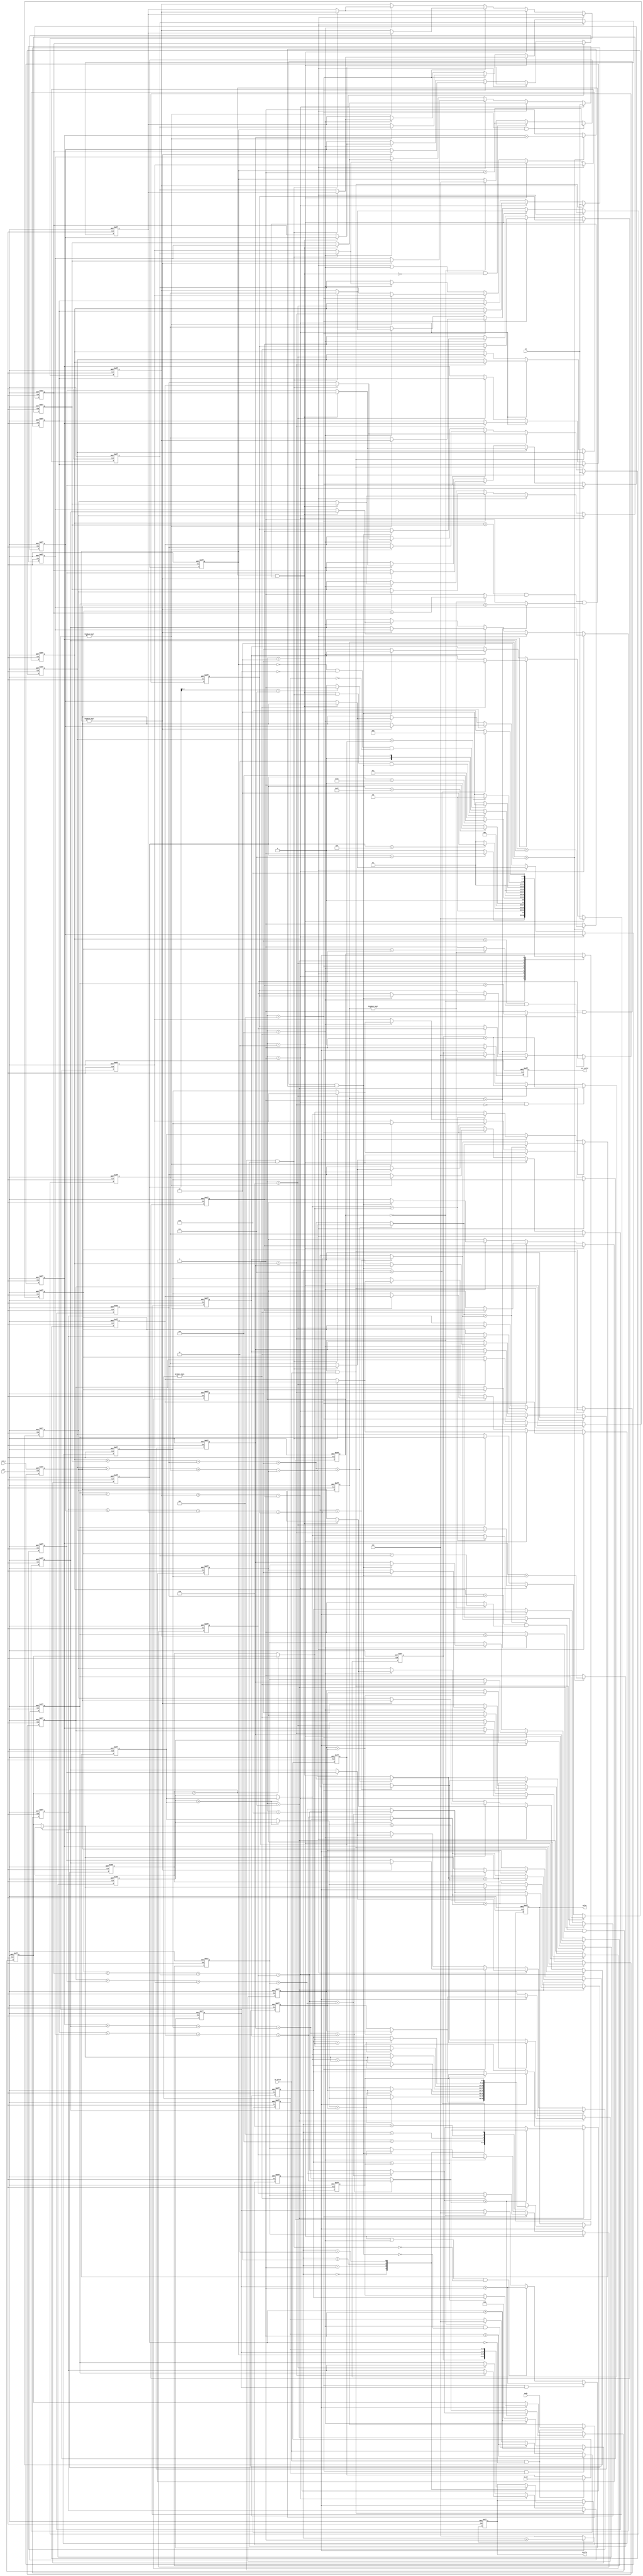
module LOCK(
	clk,
	rst_n,
	//input
	in_valid,
	mode,	
	in,	
	in_p1,	
	//output
	out_valid,
	circle,
	value
);
//---------------------------------------------------------------------
//   PORT DECLARATION
//---------------------------------------------------------------------
input clk;
input rst_n;

input in_valid;
input[1:0] mode;
input[4:0] in;
input[4:0] in_p1;

output reg out_valid;
output reg[2:0]circle;
output reg[6:0]value;

//---------------------------------------------------------------------
//   PARAMETER DECLARATION
//---------------------------------------------------------------------
parameter INPUT_A    = 4'd0;
parameter INPUT_B    = 4'd1;
parameter INPUT_C    = 4'd2;
parameter INPUT_D    = 4'd3;
parameter ROTATE_BCD = 4'd4;
parameter RESTART    = 4'd5;
parameter ROTATE_A   = 4'd6;
parameter SORTING    = 4'd7;
parameter OUTPUT     = 4'd8;

//---------------------------------------------------------------------
//   LOGIC DECLARATION
//---------------------------------------------------------------------
reg [3:0] current_state, next_state;

// counter
reg [4:0] cnt;
reg [2:0] cnt_output;

// store input
reg [1:0] mode_save;
reg [4:0] p1_save;

// circle condition
wire cdn_a, cdn_b, cdn_c, cdn_d;

// circle value
reg [4:0] a0, a1, a2, a3, a4, a5, a6, a7;
reg [4:0] b0, b1, b2, b3, b4, b5, b6, b7;
reg [4:0] c0, c1, c2, c3, c4, c5, c6, c7;
reg [4:0] d0, d1, d2, d3, d4, d5, d6, d7;

// num of turns
reg [2:0] circle_a, circle_b, circle_c, circle_d;

// summation
wire [6:0] value0, value1, value2, value3, value4, value5, value6, value7;

// sorting
wire [6:0] s0_0, s0_1, s0_2, s0_3, s0_4, s0_5, s0_6, s0_7;
wire [6:0] s1_0, s1_1, s1_2, s1_3, s1_4, s1_5, s1_6, s1_7;

wire [6:0] s2_0, s2_1, s2_2, s2_3, s2_4, s2_5, s2_6, s2_7;
wire [6:0] s3_0, s3_1, s3_2, s3_3;

wire [6:0] s4_0, s4_1, s4_2, s4_3;
wire [6:0] s5_0, s5_1, s5_2, s5_3, s5_4, s5_5;

reg [6:0] tmp0, tmp1, tmp2, tmp3, tmp4, tmp5, tmp6, tmp7;

//---------------------------------------------------------------------
//   Design
//---------------------------------------------------------------------

// FSM: current state
always @(posedge clk or negedge rst_n) begin
    if(!rst_n)
        current_state <= INPUT_A;
    else
        current_state <= next_state;
end

// FSM: next state
always @(*) begin
    case(current_state)
		INPUT_A:
			if(cnt==7) next_state = INPUT_B;
			else next_state = INPUT_A;
		INPUT_B:
			if(cnt==15) next_state = INPUT_C;
			else next_state = INPUT_B;
		INPUT_C:
			if(cnt==23) next_state = INPUT_D;
			else next_state = INPUT_C;
		INPUT_D:
			if(cnt==31) next_state = ROTATE_BCD;
			else next_state = INPUT_D;
		ROTATE_BCD:
			if(cdn_b&cdn_c&cdn_d) next_state = SORTING;
			else if(cnt[2:0]==7) next_state = RESTART;
			else next_state = ROTATE_BCD;
		RESTART:
			if(!circle_b&!circle_c&!circle_d) next_state = ROTATE_A;
			else next_state = RESTART;
		ROTATE_A:
			if(a1==p1_save) next_state = ROTATE_BCD;
			else next_state = ROTATE_A;
		SORTING:
			next_state = OUTPUT;
		OUTPUT:
			if(cnt_output==7) next_state = INPUT_A;
			else next_state = OUTPUT;
		default: next_state = current_state;
    endcase
end

// counter: cnt
always @(posedge clk or negedge rst_n) begin
	if(!rst_n) begin
		cnt <= 0;
	end
	else if(in_valid) begin
		cnt <= cnt + 1;
	end
	else if(current_state==ROTATE_BCD) begin
		cnt <= cnt + 1;
	end
	else begin 
		cnt <= 0;
	end
end

// counter: cnt_output
always @(posedge clk or negedge rst_n) begin
	if(!rst_n) begin
		cnt_output <= 0;
	end
	else if(current_state==OUTPUT) begin
		cnt_output <= cnt_output + 1;
	end
	else begin
		cnt_output <= 0;
	end
end

// mode, in_p1
always @(posedge clk or negedge rst_n) begin
	if(!rst_n) begin
		mode_save <= 0;
		p1_save <= 0;
	end
	else if(in_valid && cnt==0) begin
		mode_save <= mode;
		p1_save <= in_p1;
	end
end

// 1st circle
assign cdn_a = (p1_save==a0);
always @(posedge clk or negedge rst_n) begin
	if(!rst_n) begin
		a0 <= 0;
		a1 <= 0;
		a2 <= 0;
		a3 <= 0;
		a4 <= 0;
		a5 <= 0;
		a6 <= 0;
		a7 <= 0;
	end
	else if(current_state==INPUT_A & in_valid) begin
		a0 <= a1;
		a1 <= a2;
		a2 <= a3;
		a3 <= a4;
		a4 <= a5;
		a5 <= a6;
		a6 <= a7;
		a7 <= in;
	end
	else if(current_state==INPUT_B) begin
		if(!cdn_a) begin
			a0 <= a1;
			a1 <= a2;
			a2 <= a3;
			a3 <= a4;
			a4 <= a5;
			a5 <= a6;
			a6 <= a7;
			a7 <= a0;
		end
	end
	else if(current_state==ROTATE_A) begin
		a0 <= a1;
		a1 <= a2;
		a2 <= a3;
		a3 <= a4;
		a4 <= a5;
		a5 <= a6;
		a6 <= a7;
		a7 <= a0;
	end
end

// 1st circle: num of turns 
always @(posedge clk or negedge rst_n) begin
	if(!rst_n) begin
		circle_a <= 0;
	end
	else if(current_state==INPUT_B && !cdn_a) begin
		circle_a <= circle_a + 1;
	end
	else if(current_state==ROTATE_A) begin
		circle_a <= circle_a + 1;
	end
	else if(current_state==INPUT_A) begin
		circle_a <= 0;
	end
end

// 2nd circle
assign cdn_b = (a0==b0) & ((mode_save)?(a4==b4):1) & ((mode_save>1)?(a2==b2):1) & ((mode_save>2)?(a6==b6):1);
always @(posedge clk or negedge rst_n) begin
	if(!rst_n) begin
		b0 <= 0;
		b1 <= 0;
		b2 <= 0;
		b3 <= 0;
		b4 <= 0;
		b5 <= 0;
		b6 <= 0;
		b7 <= 0;
	end
	else if(current_state==INPUT_B) begin
		b0 <= b1;
		b1 <= b2;
		b2 <= b3;
		b3 <= b4;
		b4 <= b5;
		b5 <= b6;
		b6 <= b7;
		b7 <= in;
	end
	else if(current_state==INPUT_C) begin
		if(!cdn_b) begin
			b0 <= b1;
			b1 <= b2;
			b2 <= b3;
			b3 <= b4;
			b4 <= b5;
			b5 <= b6;
			b6 <= b7;
			b7 <= b0;
		end
	end
	else if(current_state==RESTART) begin
		if(circle_b) begin
			b0 <= b1;
			b1 <= b2;
			b2 <= b3;
			b3 <= b4;
			b4 <= b5;
			b5 <= b6;
			b6 <= b7;
			b7 <= b0;
		end
	end
	else if(current_state==ROTATE_BCD) begin
		if(!cdn_b) begin
			b0 <= b1;
			b1 <= b2;
			b2 <= b3;
			b3 <= b4;
			b4 <= b5;
			b5 <= b6;
			b6 <= b7;
			b7 <= b0;
		end
	end
end

// 2nd circle: num of turns
always @(posedge clk or negedge rst_n) begin
	if(!rst_n) begin
		circle_b <= 0;
	end
	else if(current_state==RESTART && circle_b) begin
		circle_b <= circle_b + 1;
	end
	else if((current_state==INPUT_C || current_state==ROTATE_BCD) && !cdn_b) begin
		circle_b <= circle_b + 1;
	end
	else if(current_state==INPUT_A) begin
		circle_b <= 0;
	end
end

// 3rd circle
assign cdn_c = (a0==c0) & ((mode_save)?(a4==c4):1) & ((mode_save>1)?(a2==c2):1) & ((mode_save>2)?(a6==c6):1);
always @(posedge clk or negedge rst_n) begin
	if(!rst_n) begin
		c0 <= 0;
		c1 <= 0;
		c2 <= 0;
		c3 <= 0;
		c4 <= 0;
		c5 <= 0;
		c6 <= 0;
		c7 <= 0;
	end
	else if(current_state==INPUT_C) begin
		c0 <= c1;
		c1 <= c2;
		c2 <= c3;
		c3 <= c4;
		c4 <= c5;
		c5 <= c6;
		c6 <= c7;
		c7 <= in;
	end
	else if(current_state==INPUT_D) begin
		if(!cdn_c) begin
			c0 <= c1;
			c1 <= c2;
			c2 <= c3;
			c3 <= c4;
			c4 <= c5;
			c5 <= c6;
			c6 <= c7;
			c7 <= c0;
		end
	end
	else if(current_state==RESTART) begin
		if(circle_c) begin
			c0 <= c1;
			c1 <= c2;
			c2 <= c3;
			c3 <= c4;
			c4 <= c5;
			c5 <= c6;
			c6 <= c7;
			c7 <= c0;
		end
	end
	else if(current_state==ROTATE_BCD) begin
		if(!cdn_c) begin
			c0 <= c1;
			c1 <= c2;
			c2 <= c3;
			c3 <= c4;
			c4 <= c5;
			c5 <= c6;
			c6 <= c7;
			c7 <= c0;
		end
	end
end

// 3rd circle: num of turns
always @(posedge clk or negedge rst_n) begin
	if(!rst_n) begin
		circle_c <= 0;
	end
	else if(current_state==RESTART && circle_c) begin
		circle_c <= circle_c + 1;
	end
	else if((current_state==INPUT_D || current_state==ROTATE_BCD) && !cdn_c) begin
		circle_c <= circle_c + 1;
	end
	else if(current_state==INPUT_A) begin
		circle_c <= 0;
	end
end

// 4th circle
assign cdn_d = (a0==d0) & ((mode_save)?(a4==d4):1) & ((mode_save>1)?(a2==d2):1) & ((mode_save>2)?(a6==d6):1);
always @(posedge clk or negedge rst_n) begin
	if(!rst_n) begin
		d0 <= 0;
		d1 <= 0;
		d2 <= 0;
		d3 <= 0;
		d4 <= 0;
		d5 <= 0;
		d6 <= 0;
		d7 <= 0;
	end
	else if(current_state==INPUT_D) begin
		d0 <= d1;
		d1 <= d2;
		d2 <= d3;
		d3 <= d4;
		d4 <= d5;
		d5 <= d6;
		d6 <= d7;
		d7 <= in;
	end
	else if(current_state==RESTART) begin
		if(circle_d) begin
			d0 <= d1;
			d1 <= d2;
			d2 <= d3;
			d3 <= d4;
			d4 <= d5;
			d5 <= d6;
			d6 <= d7;
			d7 <= d0;
		end
	end
	else if(current_state==ROTATE_BCD) begin
		if(!cdn_d) begin
			d0 <= d1;
			d1 <= d2;
			d2 <= d3;
			d3 <= d4;
			d4 <= d5;
			d5 <= d6;
			d6 <= d7;
			d7 <= d0;
		end
	end
end

// 4th circle: num of turns
always @(posedge clk or negedge rst_n) begin
	if(!rst_n) begin
		circle_d <= 0;
	end
	else if(current_state==RESTART && circle_d) begin
		circle_d <= circle_d + 1;
	end
	else if(current_state==ROTATE_BCD && !cdn_d) begin
		circle_d <= circle_d + 1;
	end
	else if(current_state==INPUT_A) begin
		circle_d <= 0;
	end
end

// summation
assign value0 = a0 + b0 + c0 + d0;
assign value1 = a1 + b1 + c1 + d1;
assign value2 = a2 + b2 + c2 + d2;
assign value3 = a3 + b3 + c3 + d3;
assign value4 = a4 + b4 + c4 + d4;
assign value5 = a5 + b5 + c5 + d5;
assign value6 = a6 + b6 + c6 + d6;
assign value7 = a7 + b7 + c7 + d7;

// sorting 0th round
assign s0_0 = (value0>value1) ? value0 : value1;
assign s0_1 = (value0>value1) ? value1 : value0;

assign s0_2 = (value2>value3) ? value2 : value3;
assign s0_3 = (value2>value3) ? value3 : value2;

assign s0_4 = (value4>value5) ? value4 : value5;
assign s0_5 = (value4>value5) ? value5 : value4;

assign s0_6 = (value6>value7) ? value6 : value7;
assign s0_7 = (value6>value7) ? value7 : value6;

// sorting 1st round
assign s1_0 = (s0_0>s0_2) ? s0_0 : s0_2;
assign s1_1 = (s0_0>s0_2) ? s0_2 : s0_0; 
 
assign s1_2 = (s0_1>s0_3) ? s0_1 : s0_3;  
assign s1_3 = (s0_1>s0_3) ? s0_3 : s0_1; 
 
assign s1_4 = (s0_4>s0_6) ? s0_4 : s0_6;  
assign s1_5 = (s0_4>s0_6) ? s0_6 : s0_4; 
 
assign s1_6 = (s0_5>s0_7) ? s0_5 : s0_7;  
assign s1_7 = (s0_5>s0_7) ? s0_7 : s0_5;

// sorting 2nd round
assign s2_0 = (tmp0>tmp4) ? tmp0 : tmp4;
assign s2_1 = (tmp0>tmp4) ? tmp4 : tmp0; 
								
assign s2_2 = (tmp1>tmp2) ? tmp1 : tmp2;  
assign s2_3 = (tmp1>tmp2) ? tmp2 : tmp1; 
								
assign s2_4 = (tmp5>tmp6) ? tmp5 : tmp6;  
assign s2_5 = (tmp5>tmp6) ? tmp6 : tmp5; 
								
assign s2_6 = (tmp3>tmp7) ? tmp3 : tmp7;  
assign s2_7 = (tmp3>tmp7) ? tmp7 : tmp3;

// sorting 3rd round
assign s3_0 = (s2_3>s2_5) ? s2_3 : s2_5;
assign s3_1 = (s2_3>s2_5) ? s2_5 : s2_3; 
									
assign s3_2 = (s2_2>s2_4) ? s2_2 : s2_4;  
assign s3_3 = (s2_2>s2_4) ? s2_4 : s2_2; 

// sorting 4th round
assign s4_0 = (tmp1>tmp2) ? tmp1 : tmp2;
assign s4_1 = (tmp1>tmp2) ? tmp2 : tmp1; 
						
assign s4_2 = (tmp5>tmp6) ? tmp5 : tmp6;  
assign s4_3 = (tmp5>tmp6) ? tmp6 : tmp5; 

// sorting 5th round
assign s5_0 = (s4_0>tmp4) ? s4_0 : tmp4;
assign s5_1 = (s4_0>tmp4) ? tmp4 : s4_0;
			
assign s5_2 = (s4_1>s4_2) ? s4_1 : s4_2;
assign s5_3 = (s4_1>s4_2) ? s4_2 : s4_1;

assign s5_4 = (tmp3>s4_3) ? tmp3 : s4_3;
assign s5_5 = (tmp3>s4_3) ? s4_3 : tmp3;

always @(posedge clk or negedge rst_n) begin
	if(!rst_n) begin
		tmp0 <= 0;
		tmp1 <= 0;
		tmp2 <= 0;
		tmp3 <= 0;
		tmp4 <= 0;
		tmp5 <= 0;
		tmp6 <= 0;
		tmp7 <= 0;
	end
	else if(current_state==SORTING)begin
		tmp0 <= s1_0;
		tmp1 <= s1_1;
		tmp2 <= s1_2;
		tmp3 <= s1_3;
		tmp4 <= s1_4;
		tmp5 <= s1_5;
		tmp6 <= s1_6;
	    tmp7 <= s1_7;
	end
	else if(current_state==OUTPUT) begin
		tmp0 <= s2_0;
		tmp1 <= s2_1;
		tmp2 <= s3_0;
		tmp3 <= s3_1;
		tmp4 <= s3_2;
		tmp5 <= s3_3;
		tmp6 <= s2_6;
	    tmp7 <= s2_7;
	end
end

// out_valid
always @(posedge clk or negedge rst_n) begin
	if(!rst_n) begin
		out_valid <= 0;
	end
	else if(current_state==OUTPUT) begin
		out_valid <= 1;
	end
	else begin
		out_valid <= 0;
	end
end

// output: circle
always @(posedge clk or negedge rst_n) begin
	if(!rst_n) begin
		circle <= 0;
	end
	else if(current_state==OUTPUT) begin
		case(cnt_output)
			3'd0:
				circle <= circle_a;
			3'd1:
				circle <= circle_b;
			3'd2:
				circle <= circle_c;
			3'd3:
				circle <= circle_d;
		endcase
	end
end

// output: value
always @(posedge clk or negedge rst_n) begin
	if(!rst_n) begin
		value <= 0;
	end
	else if(current_state==OUTPUT) begin
		case(cnt_output)
			3'd0:
				value <= s2_0;
			3'd1:
				value <= s5_0;
			3'd2:
				value <= s5_1;
			3'd3:
				value <= s5_2;
			3'd4:
				value <= s5_3;
			3'd5:
				value <= s5_4;
			3'd6:
				value <= s5_5;
			3'd7:
				value <= tmp7;
		endcase
	end
end
endmodule